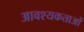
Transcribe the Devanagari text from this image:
आवश्यकताआें